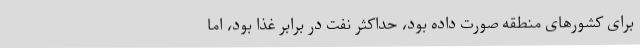
برای کشورهای منطقه صورت داده بود، حداکثر نفت در برابر غذا بود، اما